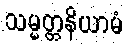
သမ္မတ္တနိယာမံ